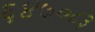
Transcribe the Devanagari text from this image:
६४७०८३